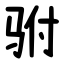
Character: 驸